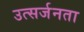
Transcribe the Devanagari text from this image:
उत्सर्जनता